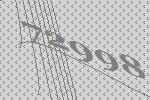
72998